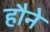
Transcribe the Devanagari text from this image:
हौने